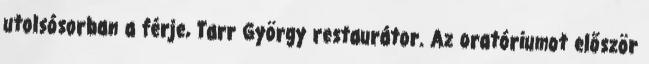
utolsósorban a férje, Tarr György restaurátor. Az oratóriumot először